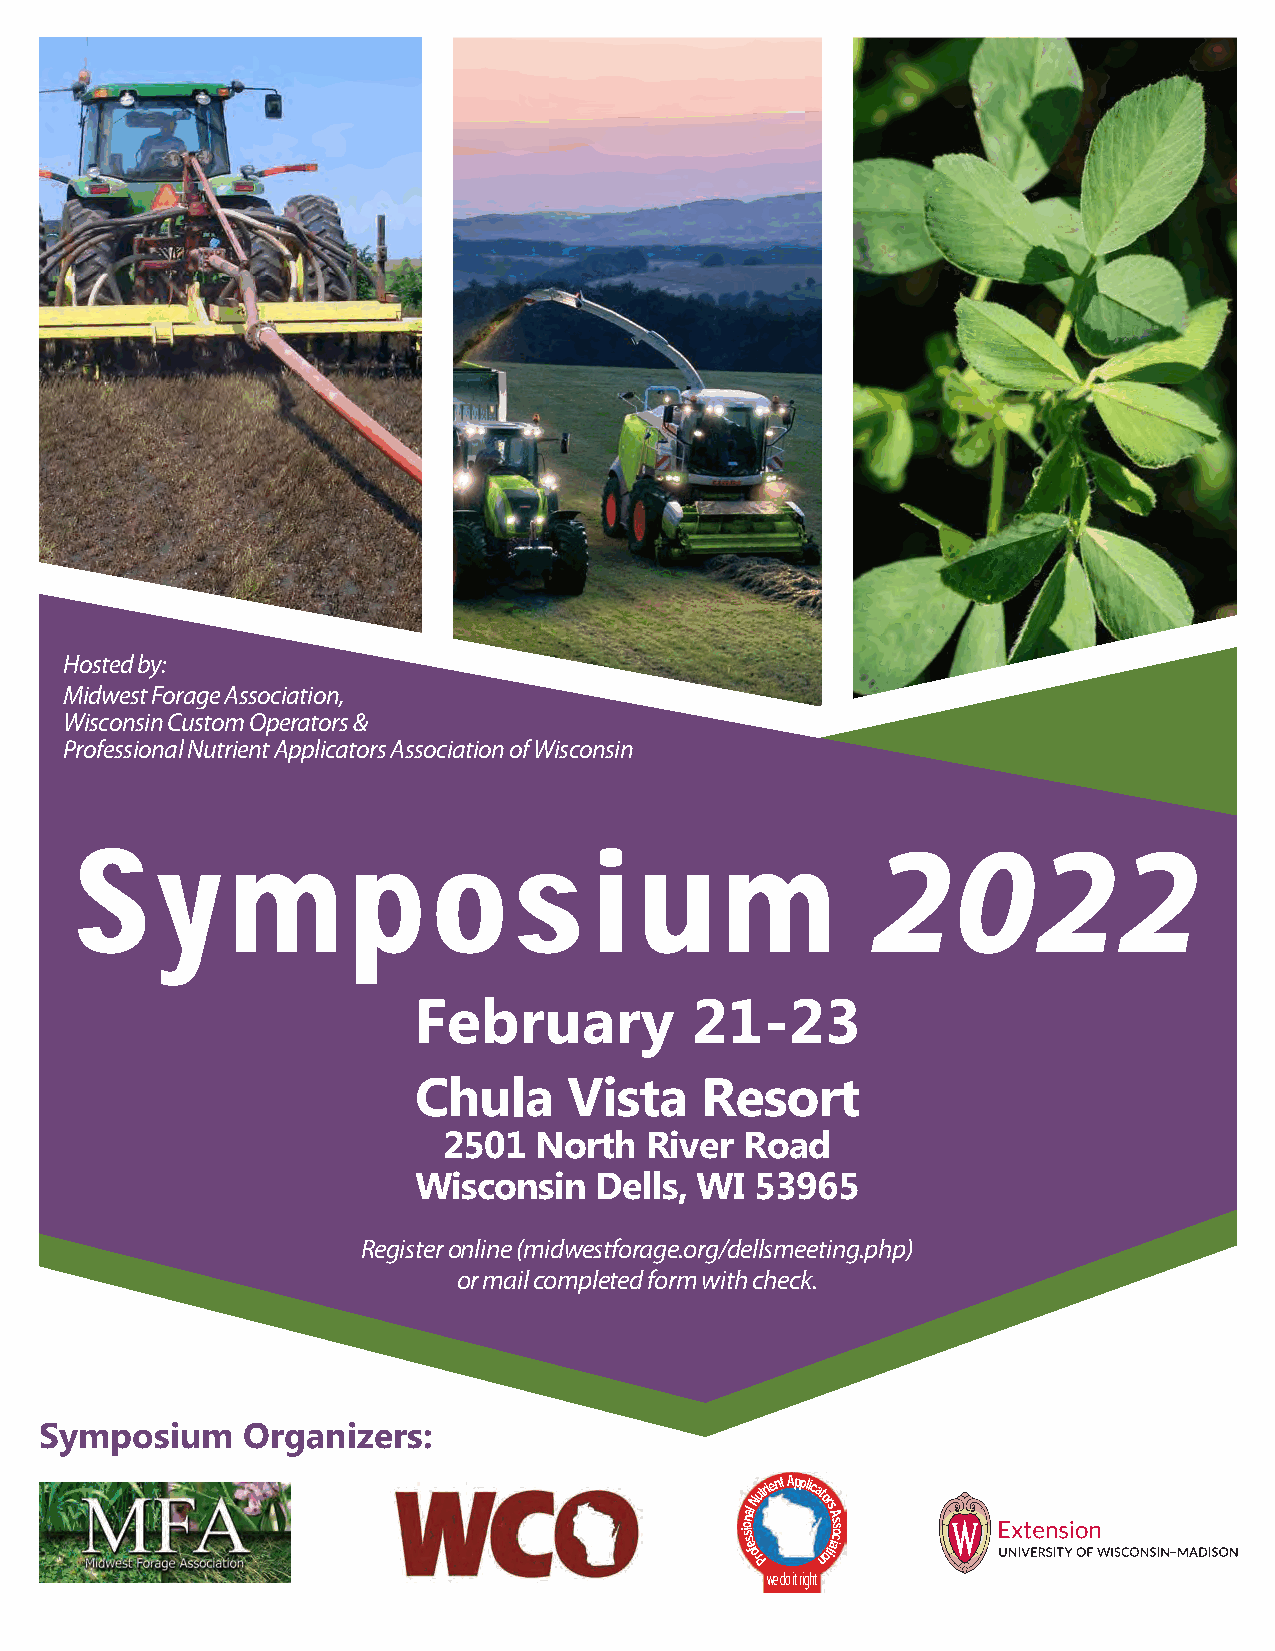
Hosted by:
 Midwest Forage Association,
 Wisconsin Custom Operators &
 Professional Nutrient Applicators Association of Wisconsin
 2022
 S    y    m       p     o    s    i  u     m
 February           21-23
 Chula      Vista   Resort
 2501  North   River Road
 Wisconsin   Dells, WI  53965
 Register online (midwestforage.org/dellsmeeting.php)
 or mail completed form with check.
 Symposium    Organizers:
 iso sn
 eal
 f
 oN
 rPutrient Applicato
 nr os
 it
 A ais cso
 we do it right